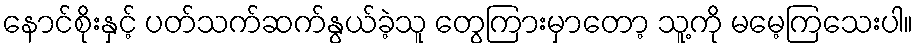
နောင်စိုးနှင့် ပတ်သက်ဆက်နွယ်ခဲ့သူ တွေကြားမှာတော့ သူ့ကို မမေ့ကြသေးပါ။